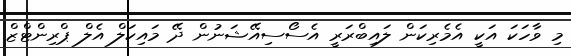
މި ވާހަކަ އަކީ އެމެރިކަން ލައިބްރަރީ އެސޯސިއޭޝަނުން ދޭ މައިކަލް އެލް ޕްރިންޓްޒް